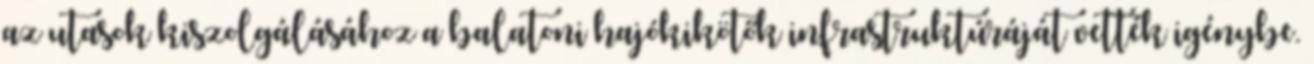
az utasok kiszolgálásához a balatoni hajókikötők infrastruktúráját vették igénybe.